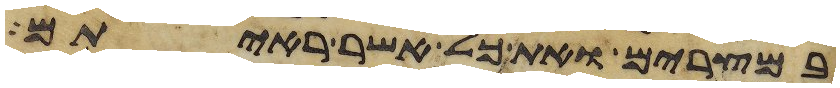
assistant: במצרים ואת כל אשר ראיתם